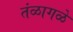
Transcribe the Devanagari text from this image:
तंळागळे